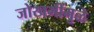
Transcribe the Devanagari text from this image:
जोखमींमुळे